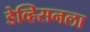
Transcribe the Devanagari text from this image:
डेव्हिसनला